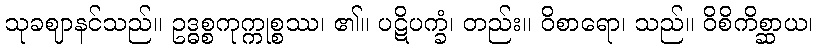
သုခဈာနင်သည်။ ဥဒ္ဓစ္စကုက္ကုစ္စဿ၊ ၏။ ပဋိပက္ခံ၊ တည်း။ ဝိစာရော၊ သည်။ ဝိစိကိစ္ဆာယ၊